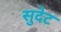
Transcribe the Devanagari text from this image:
सुदेट